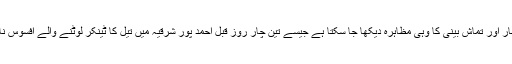
حیدرآباد میں بھی لوٹ مار اور تماش بینی کا وہی مظاہرہ دیکھا جا سکتا ہے جیسے تین چار روز قبل احمد پور شرقیہ میں تیل کا ٹینکر لوٹنے والے افسوس ناک موت کا شکار ہوئے۔